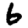
Digit: 6